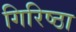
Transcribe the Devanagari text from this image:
गिरिष्ठा